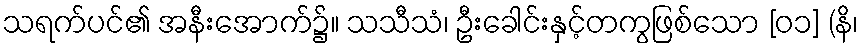
သရက်ပင်၏ အနီးအောက်၌။ သသီသံ၊ ဦးခေါင်းနှင့်တကွဖြစ်သော [၀၁] (နိ၊